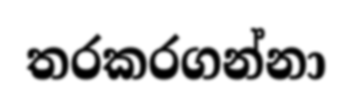
තරකරගන්නා